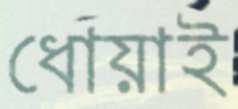
ধোয়াই